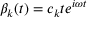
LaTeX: \beta _ { k } ( t ) = c _ { k } t e ^ { i \omega t }